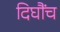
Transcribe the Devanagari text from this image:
दिघौंच